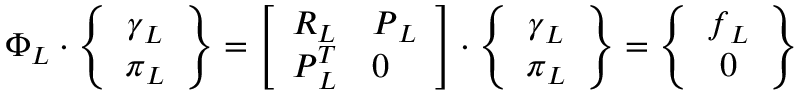
\boldsymbol { \Phi } _ { L } \cdot \left\{ \begin{array} { c } { \boldsymbol { \gamma } _ { L } } \\ { \boldsymbol { \pi } _ { L } } \end{array} \right\} = \left[ \begin{array} { l l } { \boldsymbol { R } _ { L } } & { \boldsymbol { P } _ { L } } \\ { \boldsymbol { P } _ { L } ^ { T } } & { \boldsymbol { 0 } } \end{array} \right] \cdot \left\{ \begin{array} { c } { \boldsymbol { \gamma } _ { L } } \\ { \boldsymbol { \pi } _ { L } } \end{array} \right\} = \left\{ \begin{array} { c } { \boldsymbol { f } _ { L } } \\ { \boldsymbol { 0 } } \end{array} \right\}